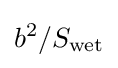
b^{2}/S_{\text{wet}}